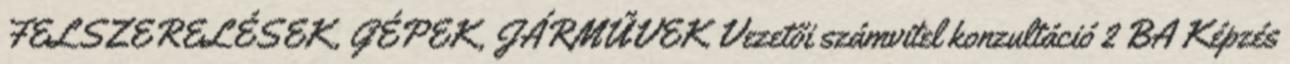
FELSZERELÉSEK, GÉPEK, JÁRMŰVEK Vezetői számvitel konzultáció 2 BA Képzés